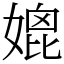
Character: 媲